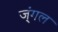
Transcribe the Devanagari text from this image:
ज्ंगल